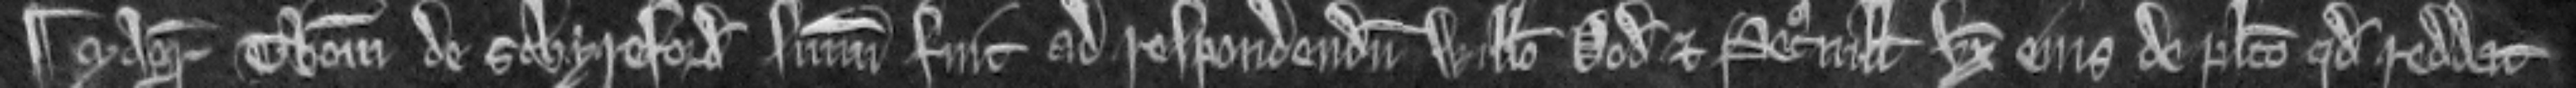
¶ Magister Thomas de Schyreford summonitus fuit ed respondendum Willelmo Dod et Petronille uxori ejus de placito quod reddat